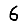
Digit: 6